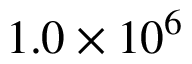
1 . 0 \times 1 0 ^ { 6 }